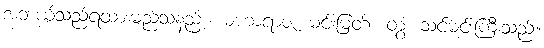
အဘယ်သည်ရထားမည်သနည်း။ မဟာရာဇ၊ မင်းမြတ်။ တွံ၊ သင်မင်းကြီးသည်။